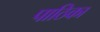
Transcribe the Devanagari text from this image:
पाठिका